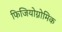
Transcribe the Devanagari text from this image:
फिजियोग्नोमिक